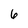
Character: 6